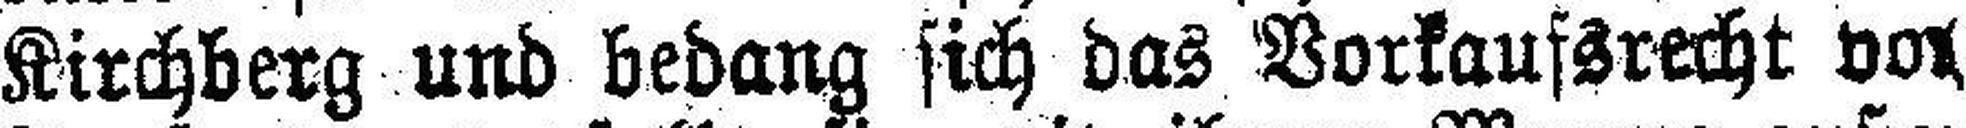
Kirchberg und bedang sich das Vorkaufsrecht vor